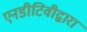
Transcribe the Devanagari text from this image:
एनडीटिवीद्वारा